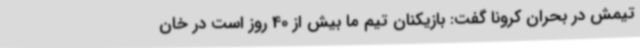
تیمش در بحران کرونا گفت: بازیکنان تیم ما بیش از 40 روز است در خان